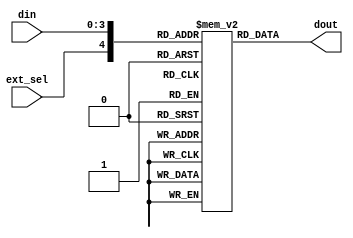
//  ____         _                ____                      
// | __ )  _ __ (_)  __ _  _ __  / ___|  _   _  _ __    ___ 
// |  _ \ | '__|| | / _` || '_ \ \___ \ | | | || '_ \  / _ \
// | |_) || |   | || (_| || | | | ___) || |_| || | | ||  __/
// |____/ |_|   |_| \__,_||_| |_||____/  \__,_||_| |_| \___|
//                                                          
// Programed By: BrianSune
// Contact: briansune@gmail.com
// 


`timescale 1ns/1ps

module enc_4b5b(
	
	input	[3 : 0]		din,
	input				ext_sel,
	output	[4 : 0]		dout
);
	
	reg		[4 : 0]		lut_4b5b	[0 : 21];
	
	initial begin
		lut_4b5b[0]  <= 5'b11110;
		lut_4b5b[1]  <= 5'b01001;
		lut_4b5b[2]  <= 5'b10100;
		lut_4b5b[3]  <= 5'b10101;
		lut_4b5b[4]  <= 5'b01010;
		lut_4b5b[5]  <= 5'b01011;
		lut_4b5b[6]  <= 5'b01110;
		lut_4b5b[7]  <= 5'b01111;
		lut_4b5b[8]  <= 5'b10010;
		lut_4b5b[9]  <= 5'b10011;
		lut_4b5b[10] <= 5'b10110;
		lut_4b5b[11] <= 5'b10111;
		lut_4b5b[12] <= 5'b11010;
		lut_4b5b[13] <= 5'b11011;
		lut_4b5b[14] <= 5'b11100;
		lut_4b5b[15] <= 5'b11101;
		// 1 XXXX
		lut_4b5b[16] <= 5'b11000; // sync-1
		lut_4b5b[17] <= 5'b10001; // sync-2
		lut_4b5b[18] <= 5'b00111; // rst-1
		lut_4b5b[19] <= 5'b11001; // rst-2
		lut_4b5b[20] <= 5'b01101; // eop
		lut_4b5b[21] <= 5'b00110; // sync-3
	end
	
	assign dout = lut_4b5b[{ext_sel, din}];
	
endmodule